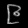
Digit: ၉